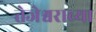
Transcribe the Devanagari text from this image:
तेजेश्वराच्या